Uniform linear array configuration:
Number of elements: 48
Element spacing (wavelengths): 1
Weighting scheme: hamming
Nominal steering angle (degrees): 0
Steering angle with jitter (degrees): -1.103
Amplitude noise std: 0.05
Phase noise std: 0.05

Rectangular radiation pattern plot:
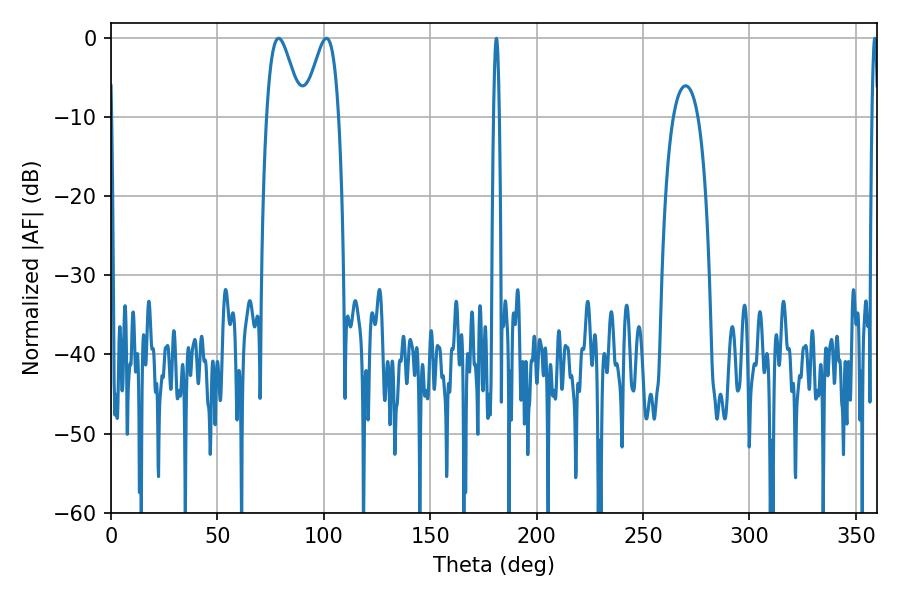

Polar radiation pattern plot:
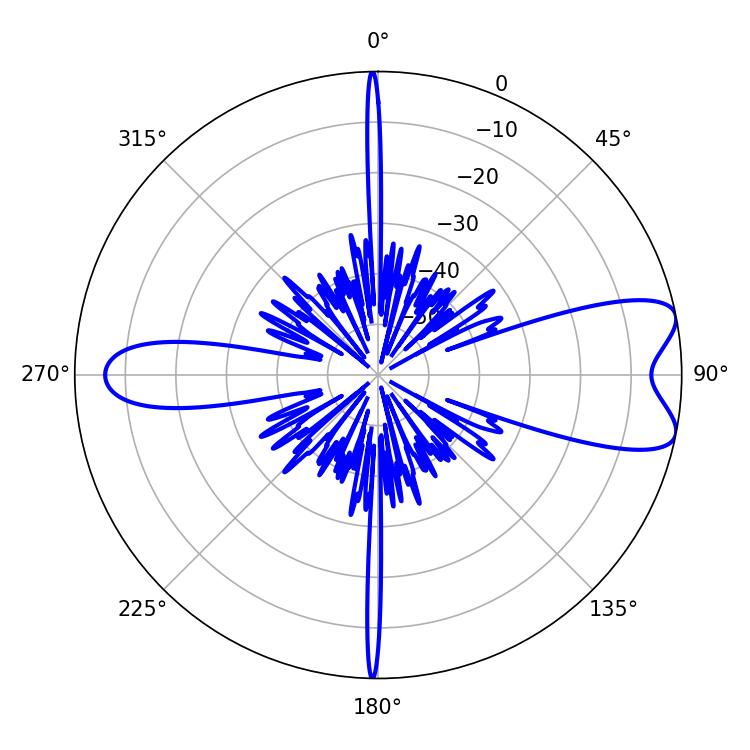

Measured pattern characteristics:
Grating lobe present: TRUE
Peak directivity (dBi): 8.46
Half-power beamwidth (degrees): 8.46
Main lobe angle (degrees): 78.84